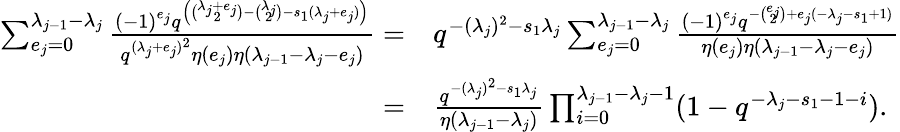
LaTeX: \begin{array}{rl}{\sum_{e_{j}=0}^{\lambda_{j-1}-\lambda_{j}}\frac{(-1)^{e_{j}}q^{\left(\binom{\lambda_{j}+e_{j}}{2}-\binom{\lambda_{j}}{2}-s_{1}(\lambda_{j}+e_{j})\right)}}{q^{(\lambda_{j}+e_{j})^{2}}\eta(e_{j})\eta(\lambda_{j-1}-\lambda_{j}-e_{j})}=}&{q^{-{(\lambda_{j})^{2}}-s_{1}\lambda_{j}}\sum_{e_{j}=0}^{\lambda_{j-1}-\lambda_{j}}\frac{(-1)^{e_{j}}q^{-\binom{e_{j}}{2}+e_{j}(-\lambda_{j}-s_{1}+1)}}{\eta(e_{j})\eta(\lambda_{j-1}-\lambda_{j}-e_{j})}}\\ {=}&{\frac{q^{-{(\lambda_{j})^{2}}-s_{1}\lambda_{j}}}{\eta(\lambda_{j-1}-\lambda_{j})}\prod_{i=0}^{\lambda_{j-1}-\lambda_{j}-1}(1-q^{-\lambda_{j}-s_{1}-1-i}).}\end{array}